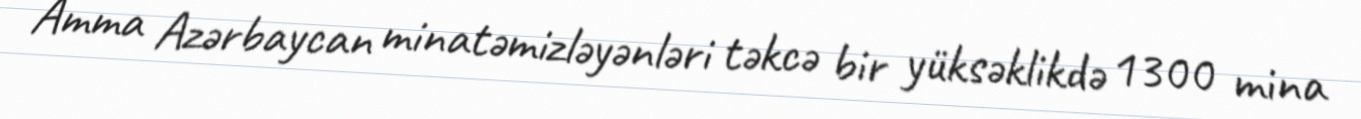
Amma Azərbaycan minatəmizləyənləri təkcə bir yüksəklikdə 1300 mina